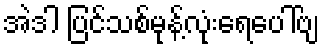
အဲဒါ ပြင်သစ်မုန့်လုံးရေပေါ်ဗျ